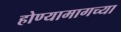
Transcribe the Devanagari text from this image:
होण्यामागच्या